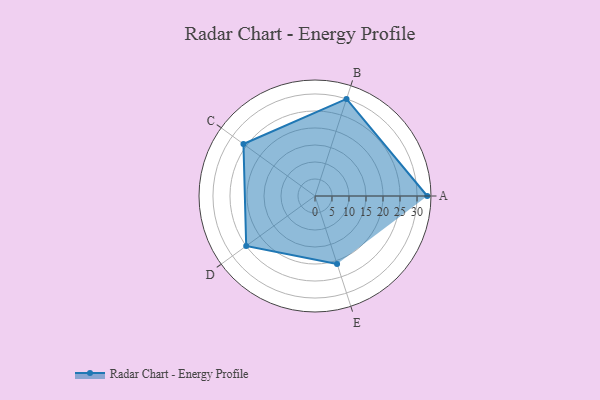
{"axis": {"x": "Skill", "y": "Score"}, "legend": ["Profile"], "data": [{"x": "A", "y": 33.0, "type": "Profile"}, {"x": "B", "y": 30.0, "type": "Profile"}, {"x": "C", "y": 26.0, "type": "Profile"}, {"x": "D", "y": 25.0, "type": "Profile"}, {"x": "E", "y": 21.0, "type": "Profile"}]}